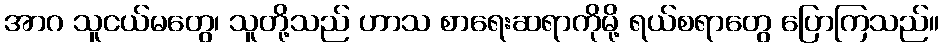
အာဂ သူငယ်မတွေ၊ သူတို့သည် ဟာသ စာရေးဆရာကိုမို့ ရယ်စရာတွေ ပြောကြသည်။